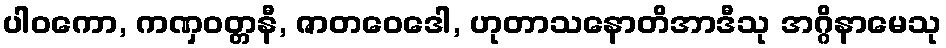
ပါဝကော, ကဏှဝတ္တနီ, ဇာတဝေဒေါ, ဟုတာသနောတိအာဒီသု အဂ္ဂိနာမေသု